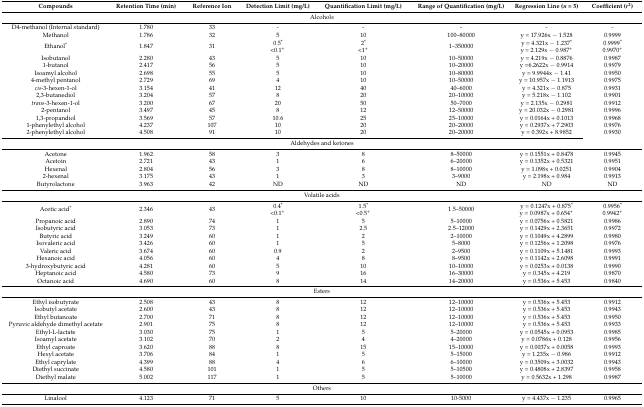
<table><thead><tr><td><b>Compounds</b></td><td><b>Retention Time (min)</b></td><td><b>Reference Ion</b></td><td><b>Detection Limit (mg/L)</b></td><td><b>Quantification Limit (mg/L)</b></td><td><b>Range of Quantification (mg/L)</b></td><td><b>Regression Line (<i>n</i> = 5)</b></td><td><b>Coefficient (<i>r</i><sup>2</sup>)</b></td></tr></thead><tbody><tr><td colspan="8">Alcohols</td></tr><tr><td>D4-methanol (Internal standard)</td><td>1.780</td><td>33</td><td>-</td><td>-</td><td>-</td><td>-</td><td>-</td></tr><tr><td>Methanol</td><td>1.786</td><td>32</td><td>5</td><td>10</td><td>100–80000</td><td>y = 17.926x − 1.528</td><td>0.9999</td></tr><tr><td>Ethanol<sup>*</sup></td><td>1.847</td><td>31</td><td>0.5<sup>*</sup>&lt;0.1<sup>+</sup></td><td>2<sup>*</sup>&lt;1<sup>+</sup></td><td>1–350000</td><td>y = 4.321x − 1.237<sup>*</sup>y = 2.129x − 0.987<sup>+</sup></td><td>0.9999<sup>*</sup>0.9970<sup>+</sup></td></tr><tr><td>Isobutanol</td><td>2.280</td><td>43</td><td>5</td><td>10</td><td>10–50000</td><td>y = 4.219x − 0.8876</td><td>0.9987</td></tr><tr><td>1-butanol</td><td>2.417</td><td>56</td><td>5</td><td>10</td><td>10–20000</td><td>y =6.2622x − 0.9914</td><td>0.9979</td></tr><tr><td>Isoamyl alcohol</td><td>2.698</td><td>55</td><td>5</td><td>10</td><td>10–80000</td><td>y = 9.9944x − 1.41</td><td>0.9950</td></tr><tr><td>4-methyl pentanol</td><td>2.729</td><td>69</td><td>4</td><td>10</td><td>10–50000</td><td>y = 10.957x − 1.1913</td><td>0.9975</td></tr><tr><td><i>cis</i>-3-hexen-1-ol</td><td>3.154</td><td>41</td><td>12</td><td>40</td><td>40–6000</td><td>y = 4.321x − 0.875</td><td>0.9931</td></tr><tr><td>2,3-butanediol</td><td>3.204</td><td>57</td><td>8</td><td>20</td><td>20–10000</td><td>y = 5.218x − 1.102</td><td>0.9901</td></tr><tr><td><i>trans</i>-3-hexen-1-ol</td><td>3.200</td><td>67</td><td>20</td><td>50</td><td>50–7000</td><td>y = 2.135x − 0.2981</td><td>0.9912</td></tr><tr><td>2-pentanol</td><td>3.497</td><td>45</td><td>8</td><td>12</td><td>12–50000</td><td>y = 20.032x − 0.2981</td><td>0.9996</td></tr><tr><td>1,3-propandiol</td><td>3.569</td><td>57</td><td>10.6</td><td>25</td><td>25–10000</td><td>y = 0.0164x + 0.1013</td><td>0.9968</td></tr><tr><td>1-phenylethyl alcohol</td><td>4.237</td><td>107</td><td>10</td><td>20</td><td>20–20000</td><td>y = 0.2937x + 7.2903</td><td>0.9976</td></tr><tr><td>2-phenylethyl alcohol</td><td>4.508</td><td>91</td><td>10</td><td>20</td><td>20–20000</td><td>y = 0.392x + 8.9852</td><td>0.9930</td></tr><tr><td colspan="8">Aldehydes and ketones</td></tr><tr><td>Acetone</td><td>1.962</td><td>58</td><td>3</td><td>8</td><td>8–50000</td><td>y = 0.1551x + 0.8478</td><td>0.9945</td></tr><tr><td>Acetoin</td><td>2.721</td><td>43</td><td>1</td><td>6</td><td>6–20000</td><td>y = 0.1352x + 0.5321</td><td>0.9951</td></tr><tr><td>Hexenal</td><td>2.804</td><td>56</td><td>3</td><td>8</td><td>8–10000</td><td>y = 1.098x + 0.0251</td><td>0.9904</td></tr><tr><td>2-hexenal</td><td>3.175</td><td>43</td><td>1</td><td>3</td><td>3–9000</td><td>y = 2.198x + 0.984</td><td>0.9913</td></tr><tr><td>Butyrolactone</td><td>3.963</td><td>42</td><td>ND</td><td>ND</td><td>ND</td><td>ND</td><td>ND</td></tr><tr><td colspan="8">Volatile acids</td></tr><tr><td>Acetic acid<sup>*</sup></td><td>2.346</td><td>43</td><td>0.4<sup>*</sup>&lt;0.1<sup>+</sup></td><td>1.5<sup>*</sup>&lt;0.5<sup>+</sup></td><td>1.5–50000</td><td>y = 0.1247x + 0.875<sup>*</sup>y = 0.0987x + 0.654<sup>+</sup></td><td>0.9956<sup>*</sup>0.9942<sup>+</sup></td></tr><tr><td>Propanoic acid</td><td>2.890</td><td>74</td><td>1</td><td>5</td><td>5–10000</td><td>y = 0.0756x + 0.5821</td><td>0.9986</td></tr><tr><td>Isobutyric acid</td><td>3.053</td><td>73</td><td>1</td><td>2.5</td><td>2.5–12000</td><td>y = 0.1429x + 2.3651</td><td>0.9972</td></tr><tr><td>Butyric acid</td><td>3.249</td><td>60</td><td>1</td><td>2</td><td>2–10000</td><td>y = 0.1049x + 4.2899</td><td>0.9980</td></tr><tr><td>Isovaleric acid</td><td>3.426</td><td>60</td><td>1</td><td>5</td><td>5–8000</td><td>y = 0.1256x + 1.2098</td><td>0.9976</td></tr><tr><td>Valeric acid</td><td>3.674</td><td>60</td><td>0.9</td><td>2</td><td>2–9500</td><td>y = 0.1109x + 5.1481</td><td>0.9993</td></tr><tr><td>Hexanoic acid</td><td>4.056</td><td>60</td><td>4</td><td>8</td><td>8–9500</td><td>y = 0.1142x + 2.6098</td><td>0.9991</td></tr><tr><td>3-hydroxybutyric acid</td><td>4.281</td><td>60</td><td>5</td><td>10</td><td>10–10000</td><td>y = 0.0253x + 0.0138</td><td>0.9990</td></tr><tr><td>Heptanoic acid</td><td>4.580</td><td>73</td><td>9</td><td>16</td><td>16–30000</td><td>y = 0.345x + 4.219</td><td>0.9870</td></tr><tr><td>Octanoic acid</td><td>4.690</td><td>60</td><td>8</td><td>14</td><td>14–20000</td><td>y = 0.536x + 5.453</td><td>0.9840</td></tr><tr><td colspan="8">Esters</td></tr><tr><td>Ethyl isobutyrate</td><td>2.508</td><td>43</td><td>8</td><td>12</td><td>12–10000</td><td>y = 0.536x + 5.453</td><td>0.9912</td></tr><tr><td>Isobutyl acetate</td><td>2.600</td><td>43</td><td>8</td><td>12</td><td>12–10000</td><td>y = 0.536x + 5.453</td><td>0.9943</td></tr><tr><td>Ethyl butanoate</td><td>2.700</td><td>71</td><td>8</td><td>12</td><td>12–10000</td><td>y = 0.536x + 5.453</td><td>0.9950</td></tr><tr><td>Pyruvic aldehyde dimethyl acetate</td><td>2.901</td><td>75</td><td>8</td><td>12</td><td>12–10000</td><td>y = 0.536x + 5.453</td><td>0.9933</td></tr><tr><td>Ethyl-L-lactate</td><td>3.030</td><td>75</td><td>1</td><td>5</td><td>5–20000</td><td>y = 0.0545x + 0.0953</td><td>0.9985</td></tr><tr><td>Isoamyl acetate</td><td>3.102</td><td>70</td><td>2</td><td>4</td><td>4–20000</td><td>y = 0.0786x + 0.128</td><td>0.9956</td></tr><tr><td>Ethyl caproate</td><td>3.620</td><td>88</td><td>8</td><td>15</td><td>15–10000</td><td>y = 0.0037x + 0.0058</td><td>0.9993</td></tr><tr><td>Hexyl acetate</td><td>3.706</td><td>84</td><td>1</td><td>5</td><td>5–15000</td><td>y = 1.235x − 0.986</td><td>0.9912</td></tr><tr><td>Ethyl caprylate</td><td>4.399</td><td>88</td><td>4</td><td>6</td><td>6–10000</td><td>y = 0.3509x + 3.0032</td><td>0.9943</td></tr><tr><td>Diethyl succinate</td><td>4.580</td><td>101</td><td>1</td><td>5</td><td>5–10500</td><td>y = 0.4808x + 2.8397</td><td>0.9958</td></tr><tr><td>Diethyl malate</td><td>5.002</td><td>117</td><td>1</td><td>5</td><td>5–10000</td><td>y = 0.5632x + 1.298</td><td>0.9987</td></tr><tr><td colspan="8">Others</td></tr><tr><td>Linalool</td><td>4.123</td><td>71</td><td>5</td><td>10</td><td>10-5000</td><td>y = 4.437x − 1.235</td><td>0.9965</td></tr></tbody></table>